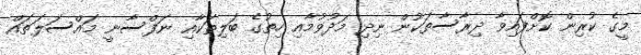
މީގެ ކުރިން ކޮށްފައިވާ ދިރާސާތަކުން ނިދި މަދުވުމާއި ހިތުގެ ބަލިތަކާއި ނަފްސާނީ މައްސަލަތައް